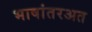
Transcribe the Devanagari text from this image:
भाषांतरअत